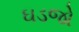
ઘડજો